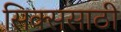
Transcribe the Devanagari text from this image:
सिक्ससाठी